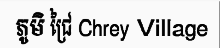
ភូមិ ជ្រៃ Chrey Village